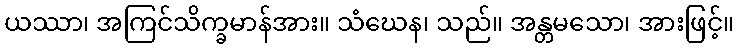
ယဿာ၊ အကြင်သိက္ခမာန်အား။ သံဃေန၊ သည်။ အန္တမသော၊ အားဖြင့်။